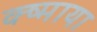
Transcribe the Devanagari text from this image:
क्ष्माया